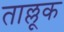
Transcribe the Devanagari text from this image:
ताल्लूक